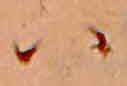
ハ